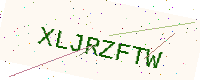
Text: XLJRZFTW